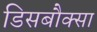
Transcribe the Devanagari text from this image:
डिसबौक्सा